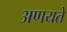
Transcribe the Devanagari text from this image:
अणयते